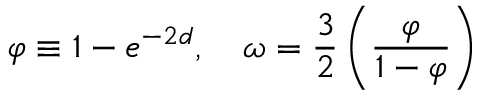
\varphi \equiv 1 - e ^ { - 2 d } , \quad \omega = \frac { 3 } { 2 } \left( \frac { \varphi } { 1 - \varphi } \right)